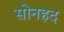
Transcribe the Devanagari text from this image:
सोनहद